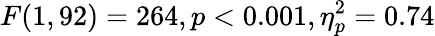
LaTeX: F(1,92)=264,p<0.001,\eta_{p}^{2}=0.74